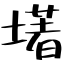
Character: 墸